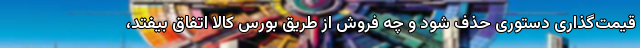
قیمت‌گذاری دستوری حذف شود و چه فروش از طریق بورس کالا اتفاق بیفتد،